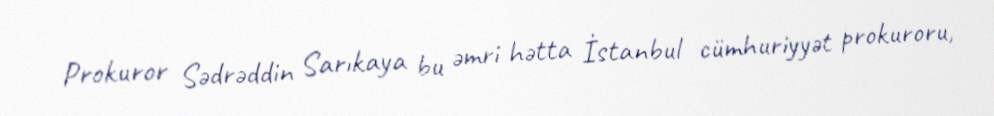
Prokuror Sədrəddin Sarıkaya bu əmri hətta İstanbul cümhuriyyət prokuroru,